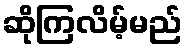
ဆိုကြလိမ့်မည်